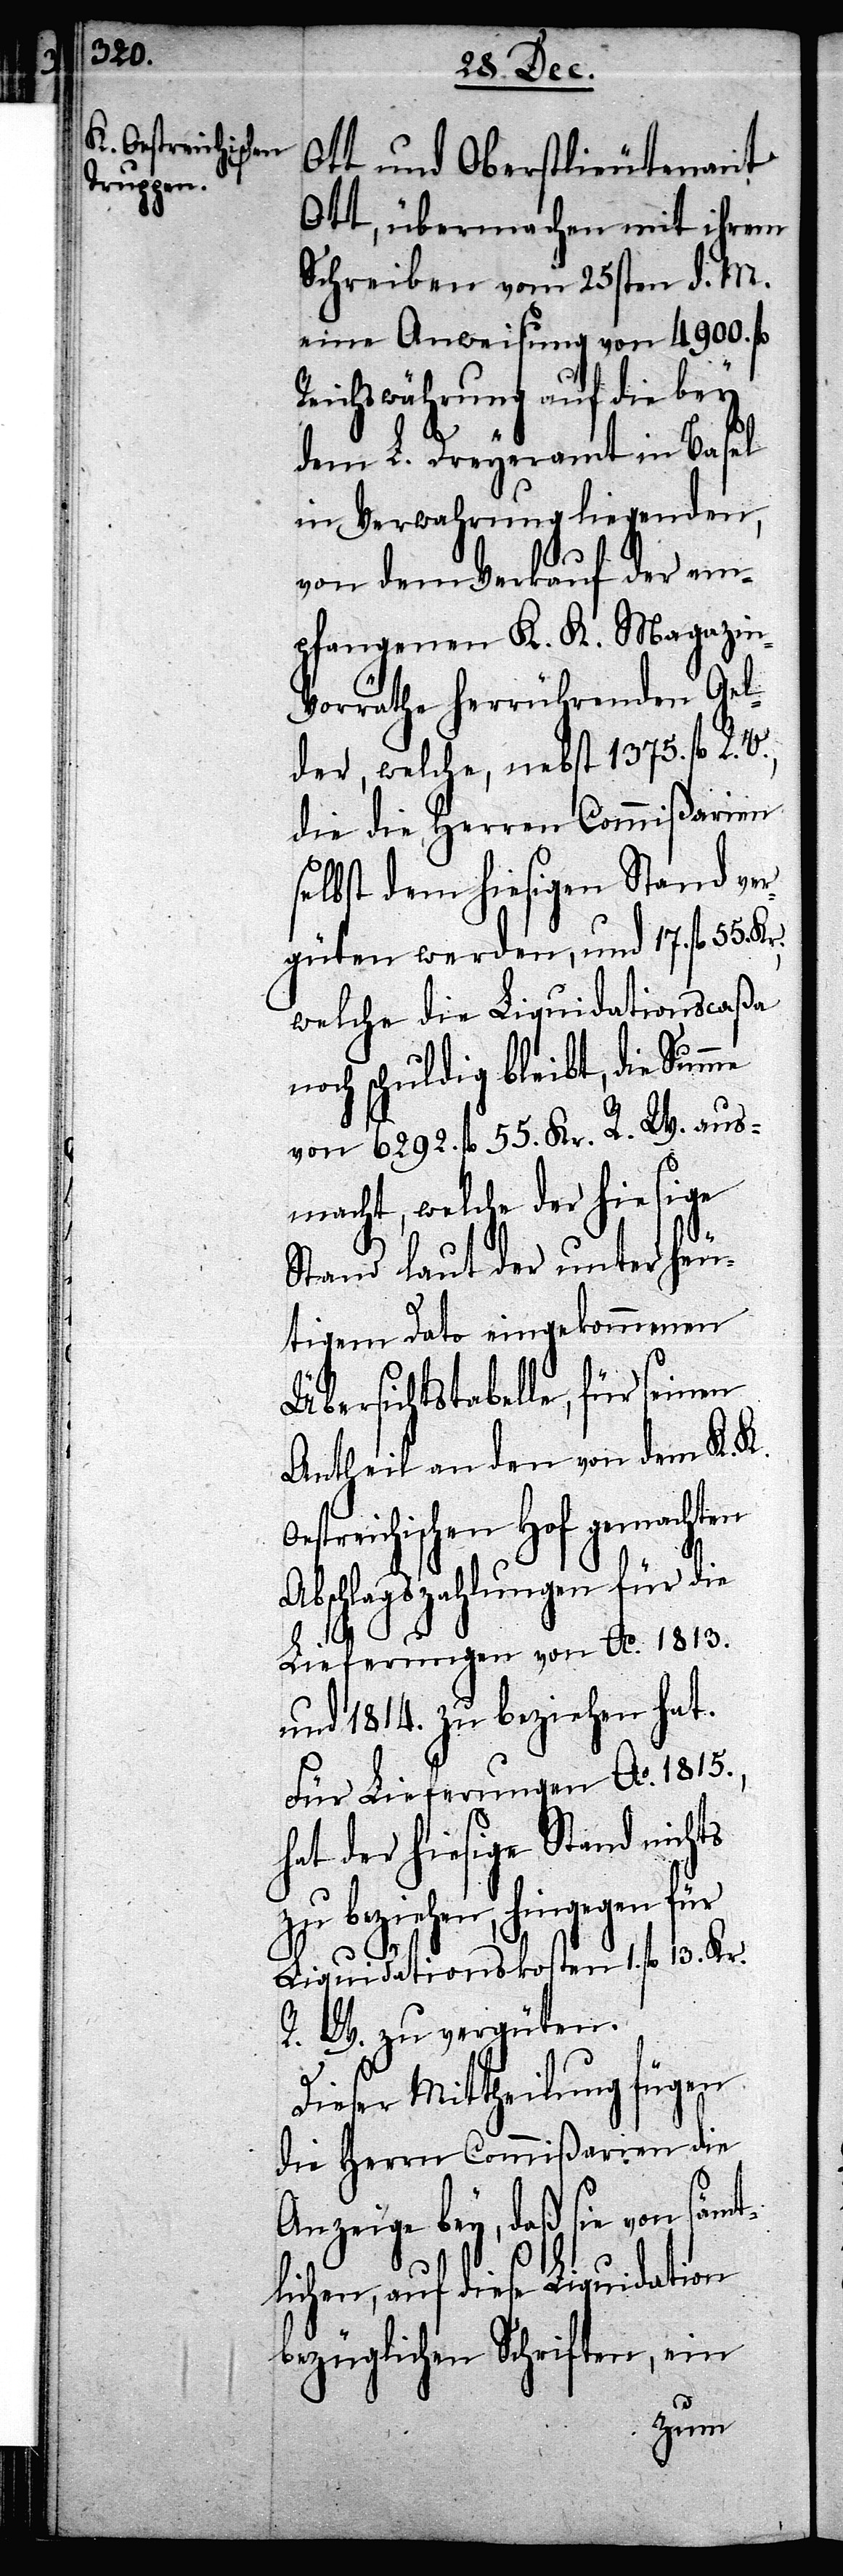
K. Oes¬
Ott und Oberstlieutenant
Ott, übermachen mit ihrem
Schreiben vom 25sten d. M.
eine Anweisung von 4900. fl
Reichswährung auf die bey
dem L. Dreyeramt in Basel
in Verwahrung liegenden,
von dem Verkauf der em¬
pfangenen K. K. Magazin-V¬
orräthe herrührenden Gel¬
der, welche, nebst 1375. fl R.
die die Herren Commißarien
selbst dem hiesigen Stand ver¬
güten werden, und 17. fl 55. Kr.,
welche die Liquidationscaßa
noch schuldig bleibt, die Summe
von 6292. fl 55. Kr. R. W. aus¬
macht, welche der hiesige
Stand laut der unter heu¬
tigem Dato eingekommenen
Übersichtstabelle, für seinen
Antheil an den von dem K.
treichischen Hof gemachten
Abschlagszahlungen für die
Lieferungen von Ao. 1813.
und 1814. zu beziehen hat.
Für Lieferungen Ao. 1815.,
hat der hiesige Stand nichts
zu beziehen, hingegen für
Liquidationskosten 1. fl 13. Kr.
R. W. zu vergüten.
Dieser Mittheilung fügen
die Herrn Commißarien die
Anzeige bey, daß sie von sämt¬
lichen, auf diese Liquidation
bezüglichen Schriften, ein